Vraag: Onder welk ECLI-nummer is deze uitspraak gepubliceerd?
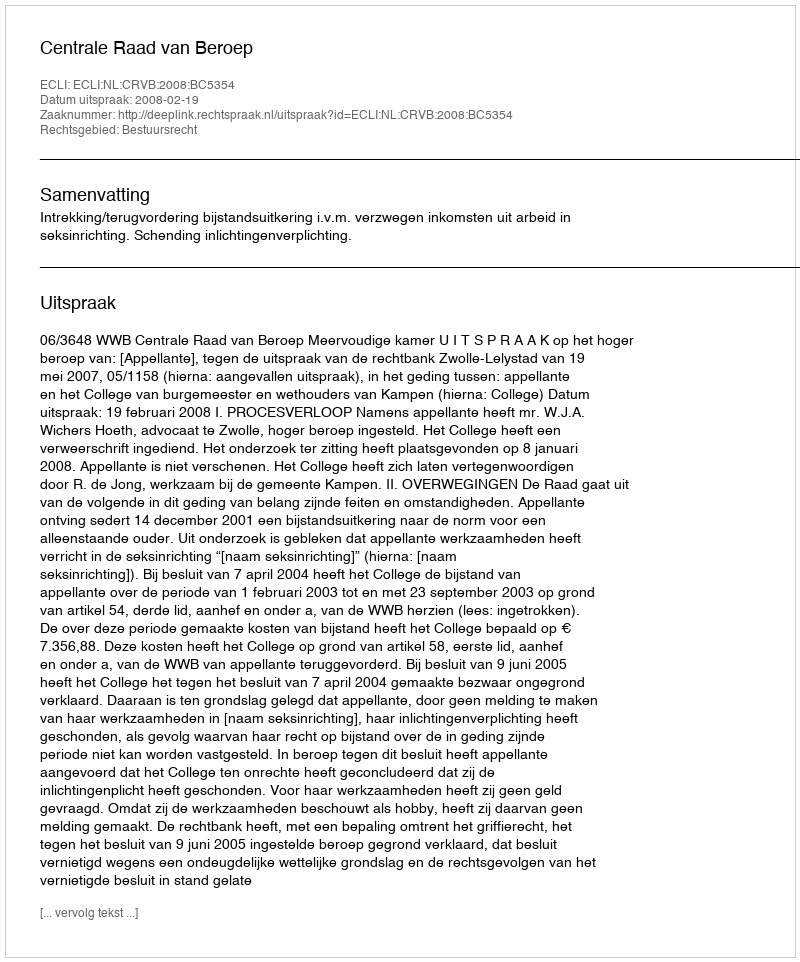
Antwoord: ECLI:NL:CRVB:2008:BC5354